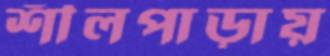
শীলপাড়ায়